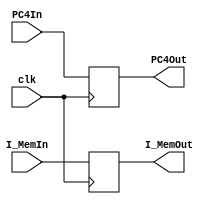
`timescale 1ns / 1ps
//////////////////////////////////////////////////////////////////////////////////
// Company: 
// Engineer: 
// 
// Design Name: 
// Module Name: EX_MEM
// Project Name: 
// Target Devices: 
// Tool Versions: 
// Description: 
// 
// Dependencies: 
// 
// Revision:
// Revision 0.01 - File Created
// Additional Comments:
// 
//////////////////////////////////////////////////////////////////////////////////

module IFIDBuffer (clk, PC4In, I_MemIn, PC4Out, I_MemOut);

input clk;
input [31:0] PC4In;
input [31:0] I_MemIn;
output reg [31:0] PC4Out;
output reg [31:0] I_MemOut;

always@(posedge clk) begin
	PC4Out = PC4In;
	I_MemOut = I_MemIn;
end

endmodule